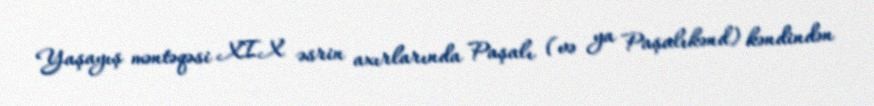
Yaşayış məntəqəsi XIX əsrin axırlarında Paşalı (və ya Paşalıkənd) kəndindən